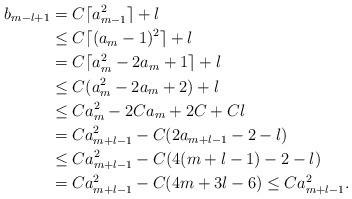
LaTeX: \begin{align*}b_{m-l+1}&=C\lceil a_{m-1}^2\rceil+l\\&\leq C\lceil (a_{m}-1)^2\rceil+l\\&=C\lceil a_m^2-2a_m+1\rceil+l\\&\leq C(a_m^2-2a_m+2)+l\\&\leq Ca_m^2-2Ca_m+2C+Cl\\&=Ca_{m+l-1}^2-C(2a_{m+l-1}-2-l)\\&\leq Ca_{m+l-1}^2-C(4(m+l-1)-2-l)\\&=Ca_{m+l-1}^2-C(4m+3l-6)\leq Ca_{m+l-1}^2.\end{align*}